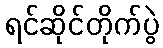
ရင်ဆိုင်တိုက်ပွဲ